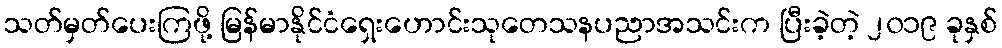
သတ်မှတ်ပေးကြဖို့ မြန်မာနိုင်ငံရှေးဟောင်းသုတေသနပညာအသင်းက ပြီးခဲ့တဲ့ ၂၀၁၉ ခုနှစ်